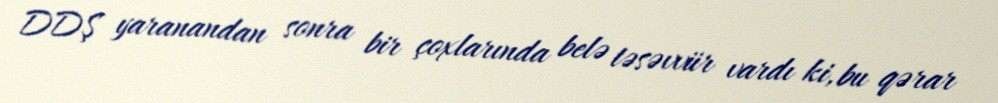
DDŞ yaranandan sonra bir çoxlarında belə təsəvvür vardı ki, bu qərar